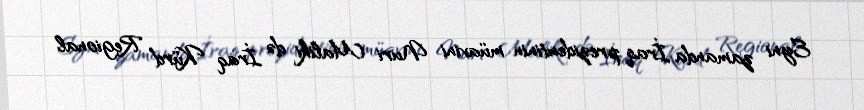
Eyni zamanda İraq prezidentinin müavini Nuri Maliki də İraq Kürd Regional